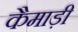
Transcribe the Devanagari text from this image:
कैमाड़ी